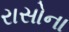
રાસોના